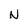
Character: N